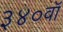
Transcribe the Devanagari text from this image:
३४०वॉ